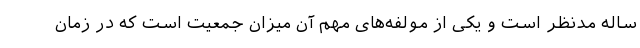
ساله مدنظر است و یکی از مولفه‌های مهم آن میزان جمعیت است که در زمان